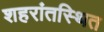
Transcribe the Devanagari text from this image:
शहरांतस्थित